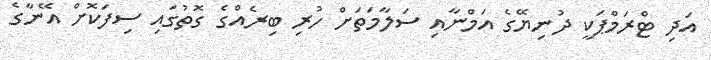
އަދި ޓްރަމްޕަކީ ދުނިޔޭގެ އަމްނާއި ސަލާމަތަށް ހުރި ބިރެއްގެ ގޮތުގައި ސިފަކޮށް އޭނާގެ